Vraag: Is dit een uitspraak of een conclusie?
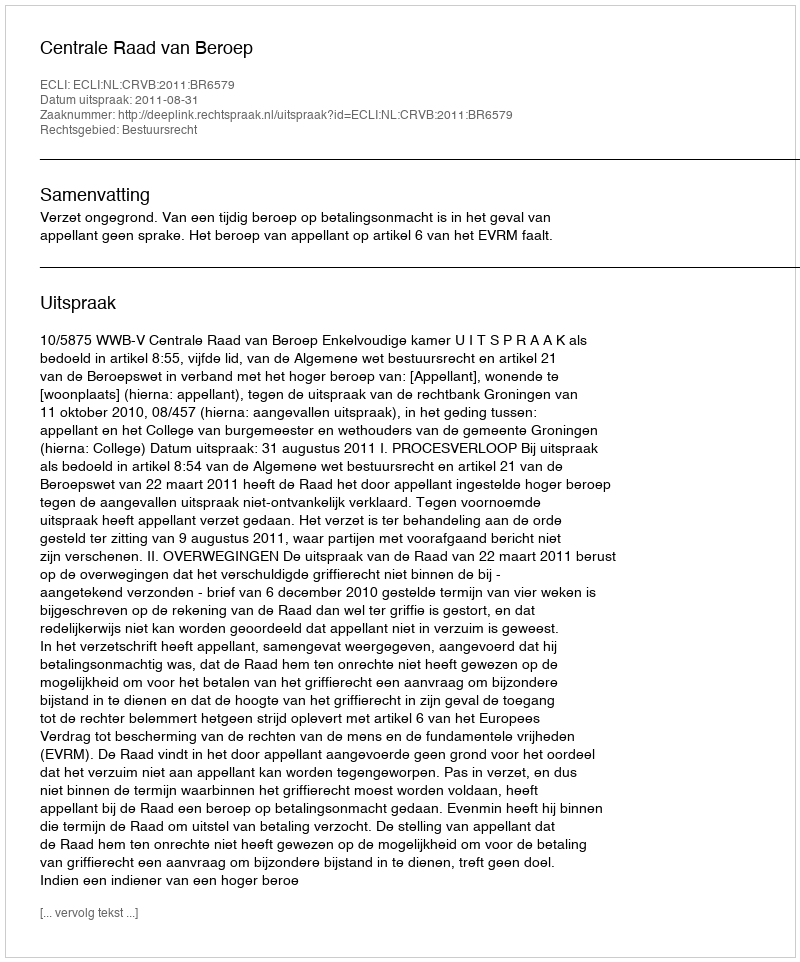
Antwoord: Uitspraak